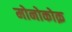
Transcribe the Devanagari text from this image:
मोनोकोक़